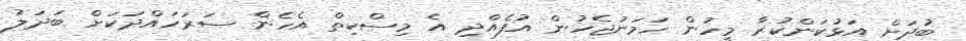
ބުދަށް އަޅުކަންކުރާ މީހުން ހަމަނުޖެހުން އުފެއްދި އެ މިސްކިތް އެހެން ސަރަހައްދަކަށް ބަދަލު